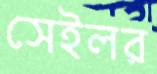
সেইলর